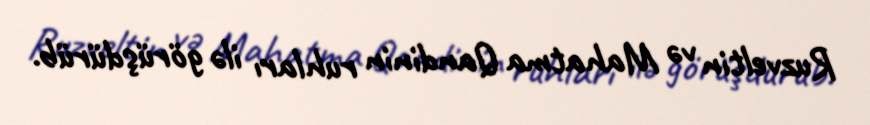
Ruzveltin və Mahatma Qandinin ruhları ilə görüşdürüb.